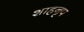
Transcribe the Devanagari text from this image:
शाहनृप